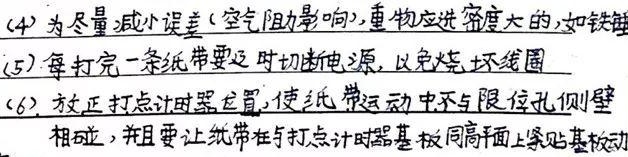
(4) 为尽量减小误差（空气阻力影响），重物应选密度大的，如铁（此处“铁”后显示不全）。
(5) 每打完一条纸带要及时切断电源，以免烧坏线圈。
(6) 放正打点计时器位置，使纸带运动中不与限位孔侧壁相碰，并且要让纸带在与打点计时器基板同高平面上紧贴基板拉动。